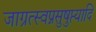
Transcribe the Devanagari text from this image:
जाग्रत्स्वप्नसुषुप्त्यादि